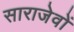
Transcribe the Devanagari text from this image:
साराजेवों